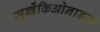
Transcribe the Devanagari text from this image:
सुब्वेंकिओनाडस